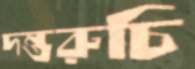
দন্তরুচি